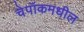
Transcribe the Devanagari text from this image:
चेपॉकमधील